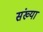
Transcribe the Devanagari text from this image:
संख्या